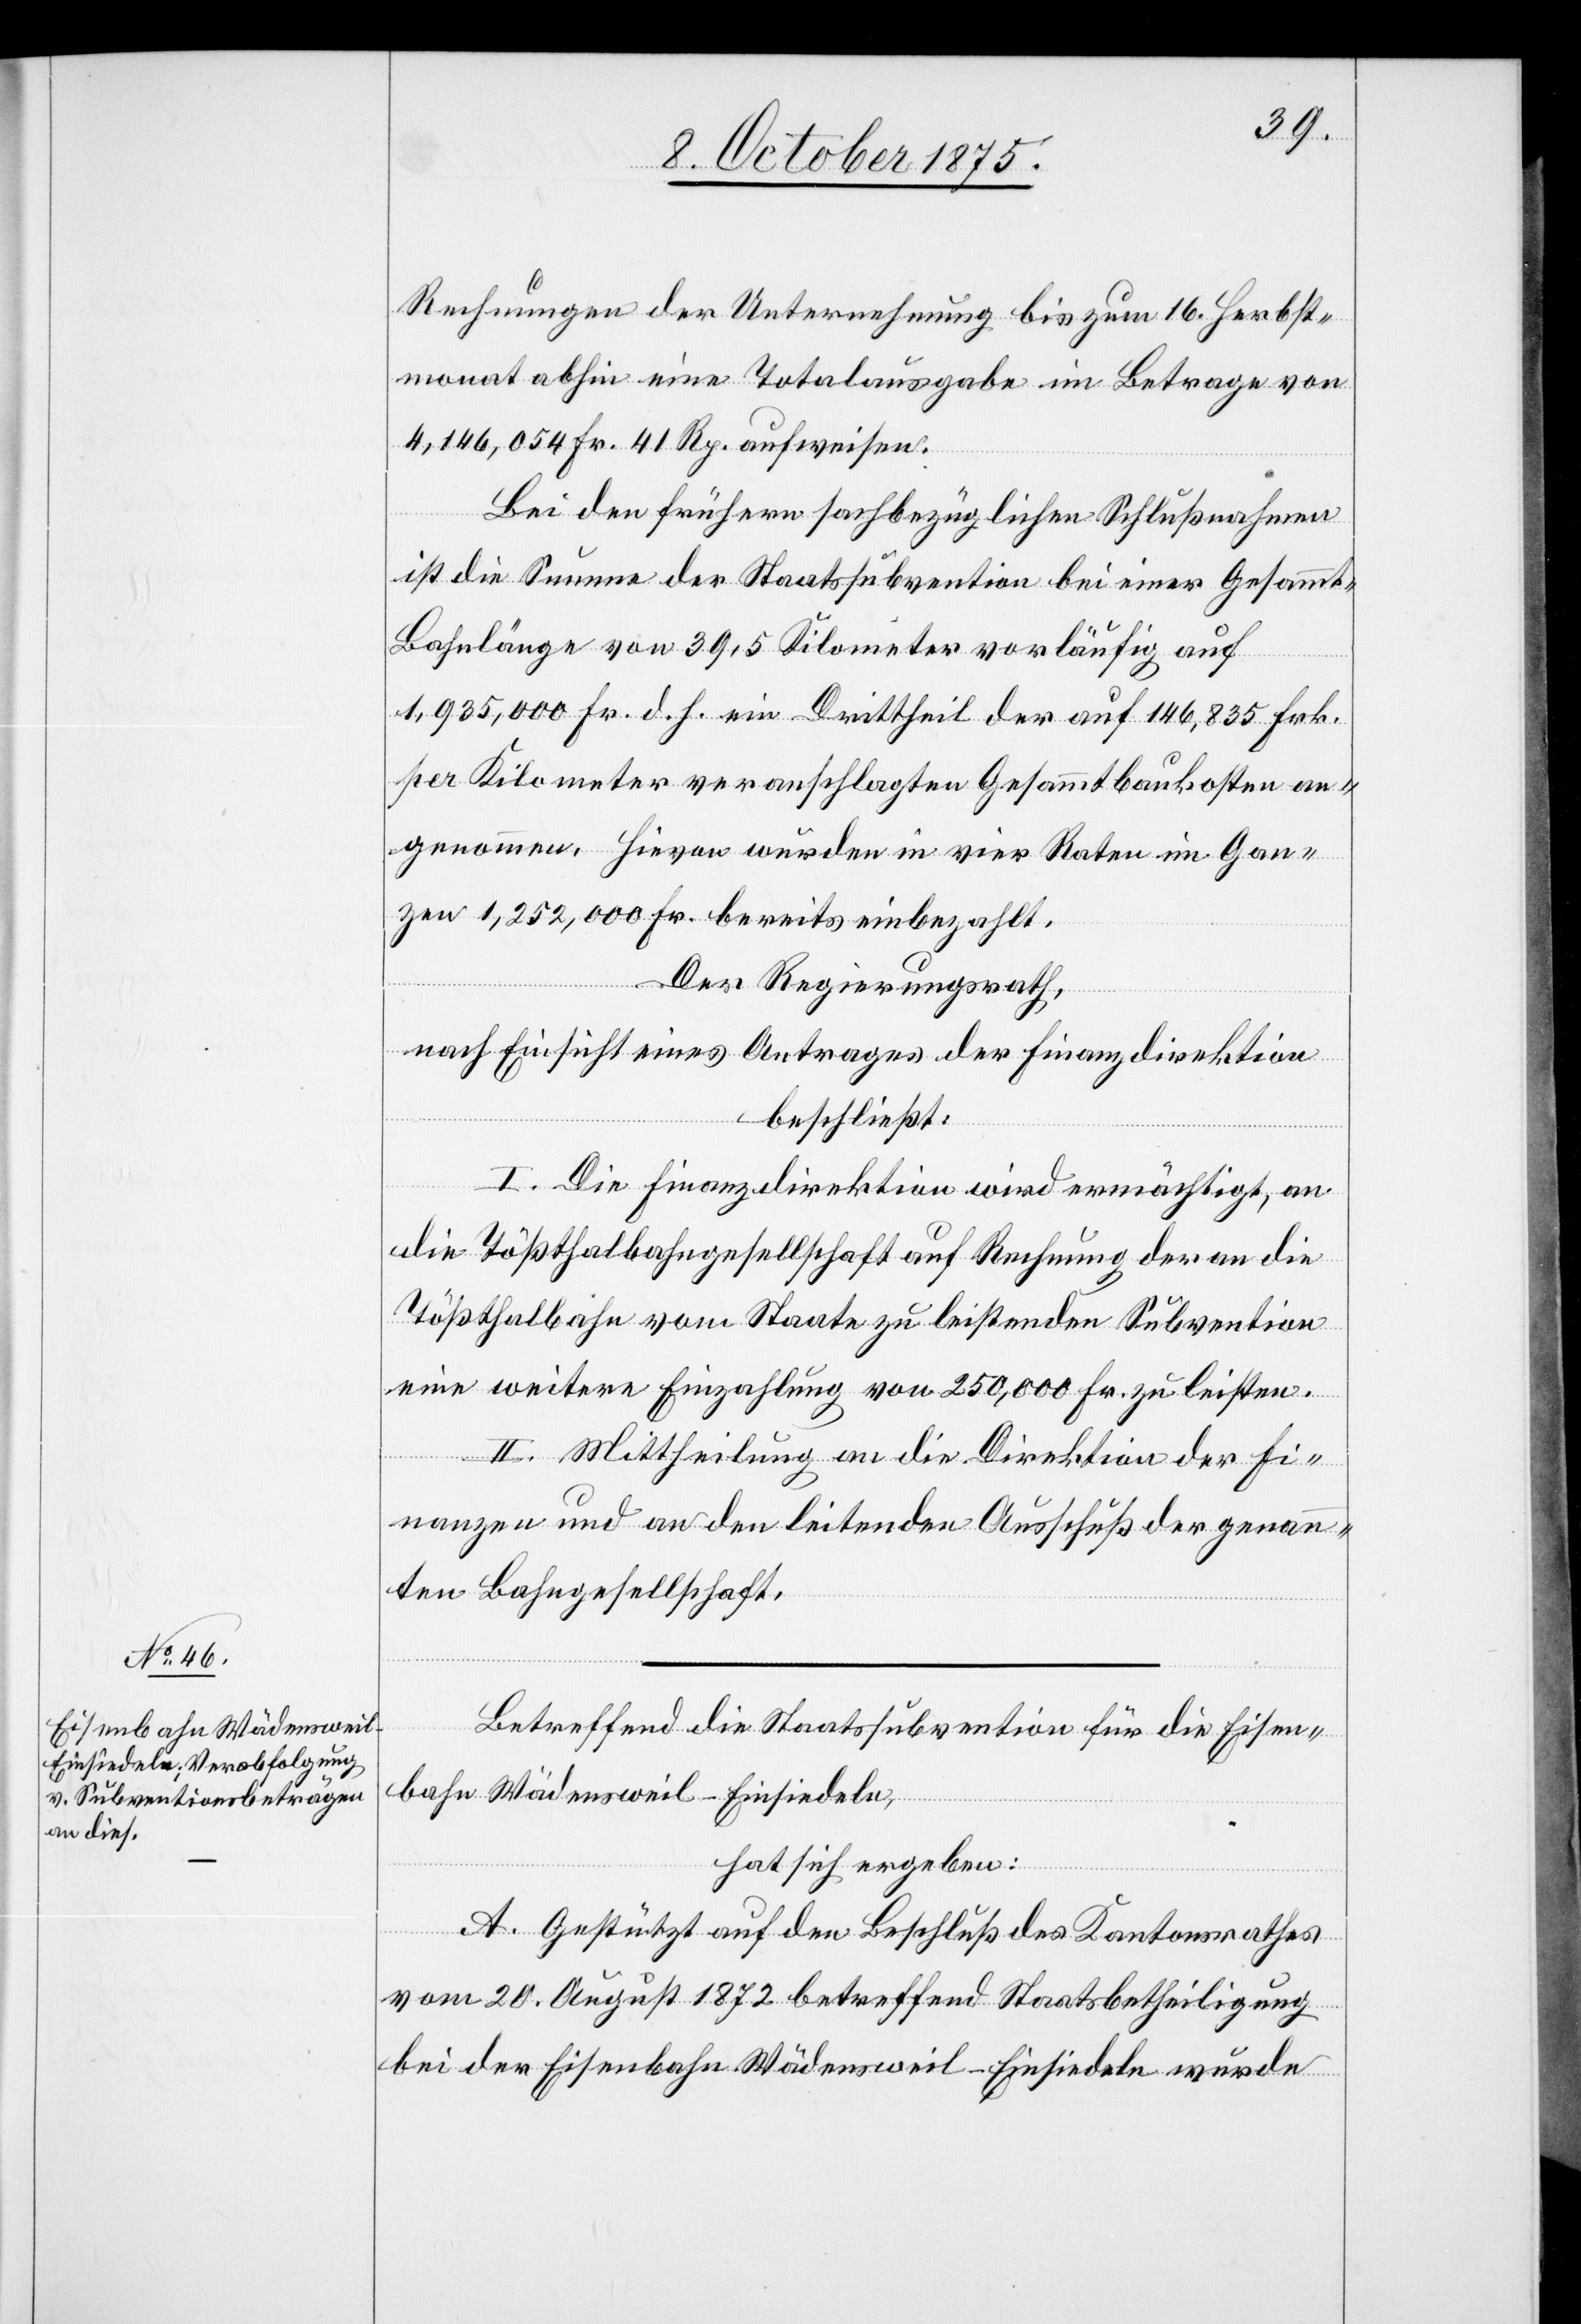
Rechnungen der Unternehmung bis zum 16. Herbst¬
monat abhin eine Totalausgabe im Betrage von
4,146,054 Fr. 41 Rp. aufweisen.
Bei den frühern sachbezüglichen Schlußnahmen
ist die Summe der Staatssubvention bei einer Gesamm¬
t-Bahnlänge von 39,5 Kilometer vorläufig auf
1,935,000 Fr. d. h. ein Drittheil der auf 146,835 Frk.
per Kilometer veranschlagten Gesammtbaukosten an¬
genommen, hievon wurden in vier Raten im Gan¬
zen 1,252,000 Fr. bereits einbezahlt.
Der Regierungsrath,
nach Einsicht eines Antrages der Finanzdirektion
beschließt:
I. Die Finanzdirektion wird ermächtigt, an
die Tößthalbahngesellschaft auf Rechnung der an die
Tößthalbahn vom Staate zu leistenden Subvention
eine weitere Einzahlung von 250,000 Fr. zu leisten.
II. Mittheilung an die Direktion der Fi¬
nanzen und an den leitenden Ausschuß der genan¬
nten Bahngesellschaft.
Betreffend die Staatssubvention für die Eisen¬
bahn Wädensweil–Einsiedeln,
hat sich ergeben:
A. Gestützt auf den Beschluß des Kantonsrathes
vom 20. August 1872 betreffend Staatsbetheiligung
bei der Eisenbahn Wädensweil–Einsiedeln wurde